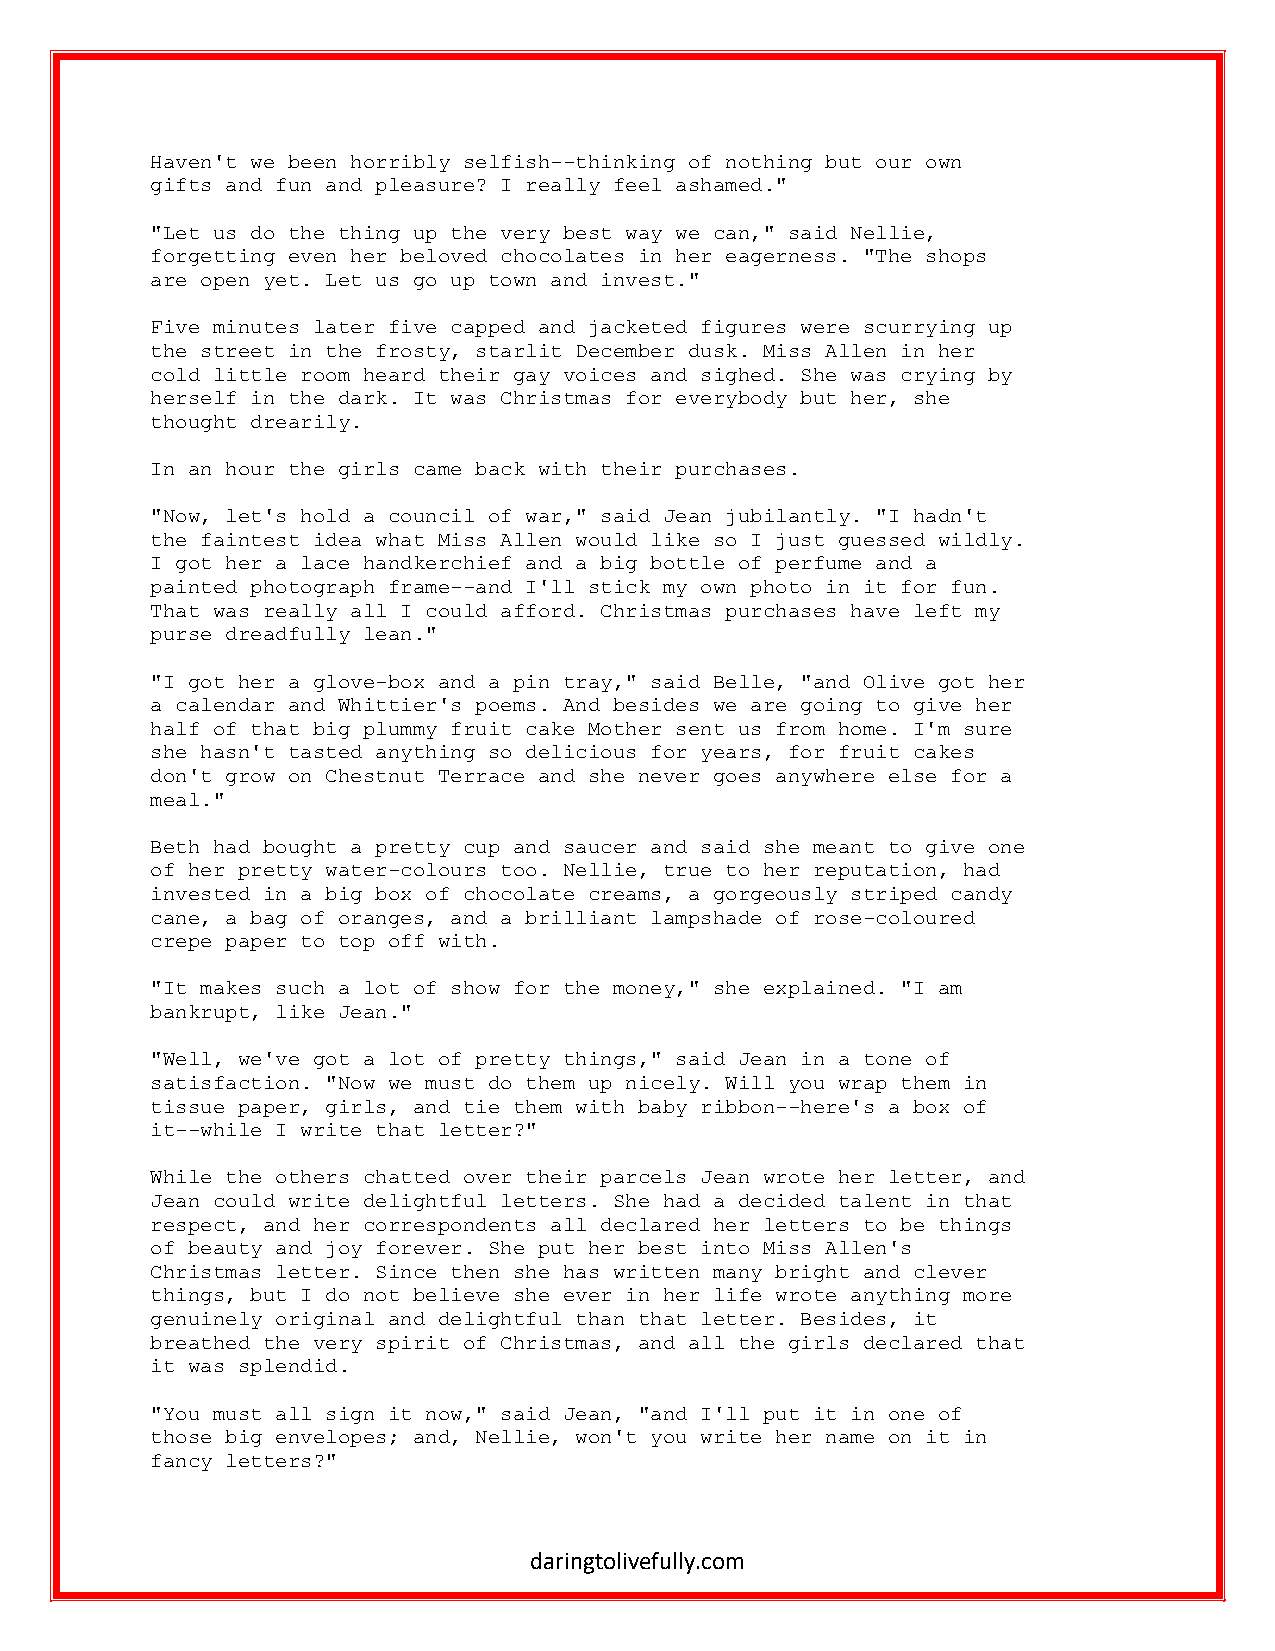
Haven't we been horribly selfish--thinking of nothing but our own
 gifts and fun and pleasure? I really feel ashamed."
 "Let us do the thing up the very best way we can," said Nellie,
 forgetting even her beloved chocolates in her eagerness. "The shops
 are open yet. Let us go up town and invest."
 Five minutes later five capped and jacketed figures were scurrying up
 the street in the frosty, starlit December dusk. Miss Allen in her
 cold little room heard their gay voices and sighed. She was crying by
 herself in the dark. It was Christmas for everybody but her, she
 thought drearily.
 In an hour the girls came back with their purchases.
 "Now, let's hold a council of war," said Jean jubilantly. "I hadn't
 the faintest idea what Miss Allen would like so I just guessed wildly.
 I got her a lace handkerchief and a big bottle of perfume and a
 painted photograph frame--and I'll stick my own photo in it for fun.
 That was really all I could afford. Christmas purchases have left my
 purse dreadfully lean."
 "I got her a glove-box and a pin tray," said Belle, "and Olive got her
 a calendar and Whittier's poems. And besides we are going to give her
 half of that big plummy fruit cake Mother sent us from home. I'm sure
 she hasn't tasted anything so delicious for years, for fruit cakes
 don't grow on Chestnut Terrace and she never goes anywhere else for a
 meal."
 Beth had bought a pretty cup and saucer and said she meant to give one
 of her pretty water-colours too. Nellie, true to her reputation, had
 invested in a big box of chocolate creams, a gorgeously striped candy
 cane, a bag of oranges, and a brilliant lampshade of rose-coloured
 crepe paper to top off with.
 "It makes such a lot of show for the money," she explained. "I am
 bankrupt, like Jean."
 "Well, we've got a lot of pretty things," said Jean in a tone of
 satisfaction. "Now we must do them up nicely. Will you wrap them in
 tissue paper, girls, and tie them with baby ribbon--here's a box of
 it--while I write that letter?"
 While the others chatted over their parcels Jean wrote her letter, and
 Jean could write delightful letters. She had a decided talent in that
 respect, and her correspondents all declared her letters to be things
 of beauty and joy forever. She put her best into Miss Allen's
 Christmas letter. Since then she has written many bright and clever
 things, but I do not believe she ever in her life wrote anything more
 genuinely original and delightful than that letter. Besides, it
 breathed the very spirit of Christmas, and all the girls declared that
 it was splendid.
 "You must all sign it now," said Jean, "and I'll put it in one of
 those big envelopes; and, Nellie, won't you write her name on it in
 fancy letters?"
 daringtolivefully.com